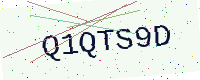
Text: Q1QTS9D